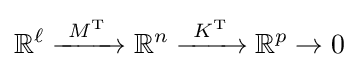
\mathbb {R} ^{\ell }\xrightarrow {\ M^{\operatorname {T} }\ } \mathbb {R} ^{n}\xrightarrow {\ K^{\operatorname {T} }\ } \mathbb {R} ^{p}\to 0